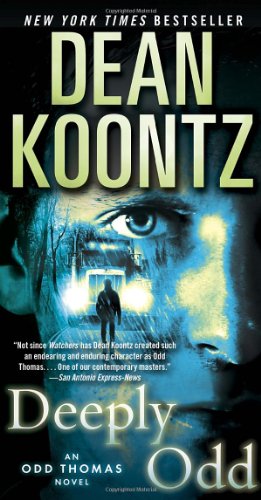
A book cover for Deeply Odd: An Odd Thomas Novel; Dean Koontz; Mystery, Thriller & Suspense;